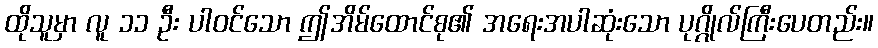
ထိုသူမှာ လူ ၁၁ ဦး ပါဝင်သော ဤအိမ်ထောင်စု၏ အရေးအပါဆုံးသော ပုဂ္ဂိုလ်ကြီးပေတည်း။